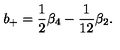
b _ { + } = \frac 1 2 \beta _ { 4 } - \frac 1 { 1 2 } \beta _ { 2 } .